Indian journal of veterinary science and animal husbandry - Volumes 24-25, 1954-1955
Year: 1954
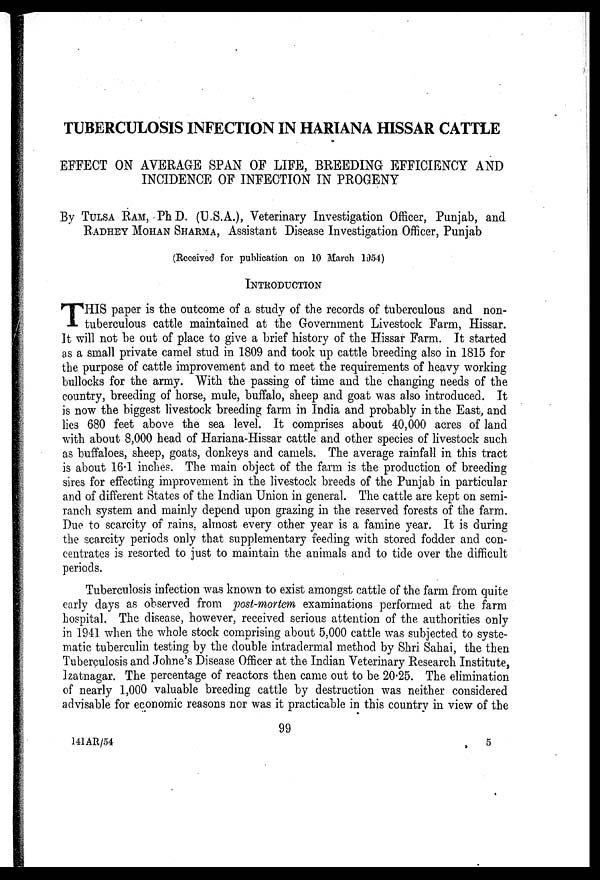
TUBERCULOSIS INFECTION IN HARIANA HISSAR CATTLE
EFFECT ON AVERAGE SPAN OF LIFE, BREEDING EFFICIENCY AND
INCIDENCE OF INFECTION IN PROGENY
By TULSA RAM, PhD. (U.S.A.), Veterinary Investigation Officer, Punjab, and
RADHEY MOHAN SHARMA, Assistant Disease Investigation Officer, Punjab
(Received for publication on 10 March 1954)
INTRODUCTION
T HIS paper is the outcome of a study of the records of tuberculous and non-
tuberculous cattle maintained at the Government Livestock Farm, Hissar.
It will not be out of place to give a brief history of the Hissar Farm. It started
as a small private camel stud in 1809 and took up cattle breeding also in 1815 for
the purpose of cattle improvement and to meet the requirements of heavy working
bullocks for the army. With the passing of time and the changing needs of the
country, breeding of horse, mule, buffalo, sheep and goat was also introduced. It
is now the biggest livestock breeding farm in India and probably in the East, and
lies 680 feet above the sea level. It comprises about 40,000 acres of land
with about 8,000 head of Hariana-Hissar cattle and other species of livestock such
as buffaloes, sheep, goats, donkeys and camels. The average rainfall in this tract
is about 16.1 inches. The main object of the farm is the production of breeding
sires for effecting improvement in the livestock breeds of the Punjab in particular
and of different States of the Indian Union in general. The cattle are kept on semi-
ranch system and mainly depend upon grazing in the reserved forests of the farm.
Due. to scarcity of rains, almost every other year is a famine year. It is during
the scarcity periods only that supplementary feeding with stored fodder and con-
centrates is resorted to just to maintain the animals and to tide over the difficult
periods.
Tuberculosis infection was known to exist amongst cattle of the farm from quite
early days as observed from post-mortem examinations performed at the farm
hospital. The disease, however, received serious attention of the authorities only
in 1941 when the whole stock comprising about 5,000 cattle was subjected to syste-
matic tuberculin testing by the double intradermal method by Shri Sahai, the then
Tuberculosis and Johne's Disease Officer at the Indian Veterinary Research Institute,
Izatnagar. The percentage of reactors then came out to be 20.25. The elimination
of nearly 1,000 valuable breeding cattle by destruction was neither considered
advisable for economic reasons nor was it practicable in this country in view of the
99
141AR/54
5